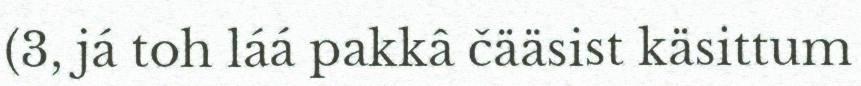
(3, já toh láá pakkâ čääsist käsittum